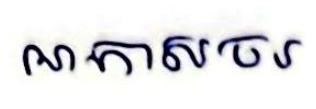
អាកាសចរ